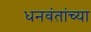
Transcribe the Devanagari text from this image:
धनवंतांच्या